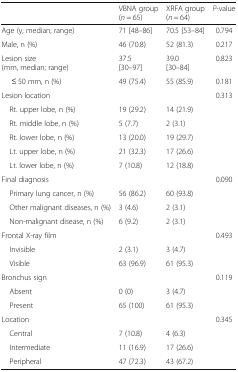
<table><thead><tr><td></td><td><b>VBNA group(<i>n</i> = 65)</b></td><td><b>XRFA group(<i>n</i> = 64)</b></td><td><b><i>P</i>-value</b></td></tr></thead><tbody><tr><td>Age (y, median; range)</td><td>71 [48–86]</td><td>70.5 [53–84]</td><td>0.794</td></tr><tr><td>Male, n (%)</td><td>46 (70.8)</td><td>52 (81.3)</td><td>0.217</td></tr><tr><td>Lesion size(mm, median; range)</td><td>37.5[30–97]</td><td>39.0[30–84]</td><td>0.823</td></tr><tr><td>≤ 50 mm, n (%)</td><td>49 (75.4)</td><td>55 (85.9)</td><td>0.181</td></tr><tr><td>Lesion location</td><td></td><td></td><td>0.313</td></tr><tr><td> Rt. upper lobe, n (%)</td><td>19 (29.2)</td><td>14 (21.9)</td><td></td></tr><tr><td> Rt. middle lobe, n (%)</td><td>5 (7.7)</td><td>2 (3.1)</td><td></td></tr><tr><td> Rt. lower lobe, n (%)</td><td>13 (20.0)</td><td>19 (29.7)</td><td></td></tr><tr><td> Lt. upper lobe, n (%)</td><td>21 (32.3)</td><td>17 (26.6)</td><td></td></tr><tr><td> Lt. lower lobe, n (%)</td><td>7 (10.8)</td><td>12 (18.8)</td><td></td></tr><tr><td>Final diagnosis</td><td></td><td></td><td>0.090</td></tr><tr><td> Primary lung cancer, n (%)</td><td>56 (86.2)</td><td>60 (93.8)</td><td></td></tr><tr><td> Other malignant diseases, n (%)</td><td>3 (4.6)</td><td>2 (3.1)</td><td></td></tr><tr><td> Non-malignant disease, n (%)</td><td>6 (9.2)</td><td>2 (3.1)</td><td></td></tr><tr><td>Frontal X-ray film</td><td></td><td></td><td>0.493</td></tr><tr><td> Invisible</td><td>2 (3.1)</td><td>3 (4.7)</td><td></td></tr><tr><td> Visible</td><td>63 (96.9)</td><td>61 (95.3)</td><td></td></tr><tr><td>Bronchus sign</td><td></td><td></td><td>0.119</td></tr><tr><td> Absent</td><td>0 (0)</td><td>3 (4.7)</td><td></td></tr><tr><td> Present</td><td>65 (100)</td><td>61 (95.3)</td><td></td></tr><tr><td>Location</td><td></td><td></td><td>0.345</td></tr><tr><td> Central</td><td>7 (10.8)</td><td>4 (6.3)</td><td></td></tr><tr><td> Intermediate</td><td>11 (16.9)</td><td>17 (26.6)</td><td></td></tr><tr><td> Peripheral</td><td>47 (72.3)</td><td>43 (67.2)</td><td></td></tr></tbody></table>